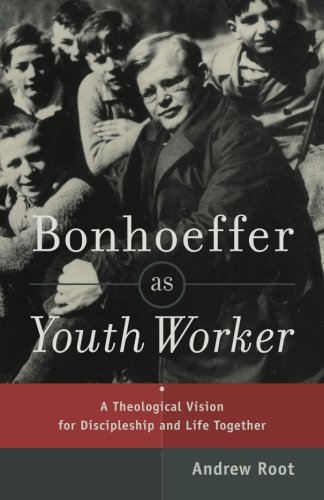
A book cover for Bonhoeffer as Youth Worker: A Theological Vision for Discipleship and Life Together; Andrew Root; Christian Books & Bibles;